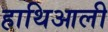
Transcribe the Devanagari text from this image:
हाथिआली